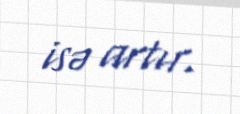
isə artır.